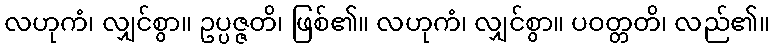
လဟုကံ၊ လျှင်စွာ။ ဥပ္ပဇ္ဇတိ၊ ဖြစ်၏။ လဟုကံ၊ လျှင်စွာ။ ပဝတ္တတိ၊ လည်၏။